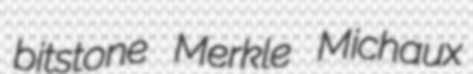
bitstone Merkle Michaux